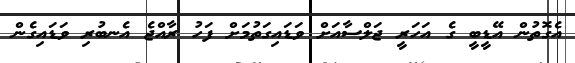
އެގޮތުން އޭޑީބީ ގެ އަހަރީ ޖަލްސާއަށް ވަޑައިގަތުމަށް ފަހު ރާއްޖެ އެނބުރި ވަޑައިގެން